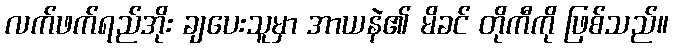
လက်ဖက်ရည်အိုး ချပေးသူမှာ အာယနဲ၏ မိခင် တိုကီကို ဖြစ်သည်။